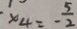
x _ { 4 } = - \frac { 5 } { 2 }